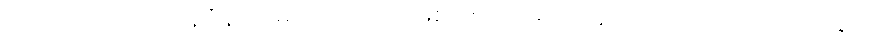
ငါးပါးသော ပဟာနဝိနည်းမှ ကင်းသည်ဖြစ်၍။ သပ္ပုရိယာနံ၊ တင့်တယ်သောဂုဏ်နှင့်